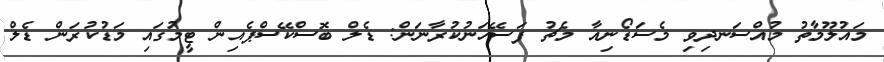
މައުލޫމާތު މުއްސަނދިވި މެސަޑޯނިއާ މެޗު ފަސޭހަނުކުރާނަން: ޑެލް ބޮސްކޭސްޕެއިން ޓީމުގައި މަޑުކުރަން ޑެލް